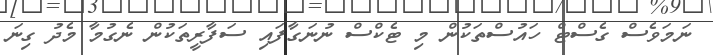
ނަމަވެސް ގެސްޓް ހައުސްތަކުން މި ޓެކްސް ނުނަގާފައި ސަފާރީތަކުން ނެގުމާ މެދު ގިނަ